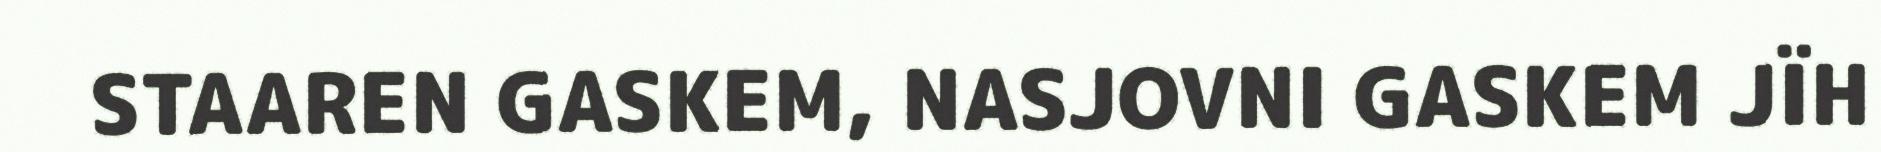
STAAREN GASKEM, NASJOVNI GASKEM JÏH